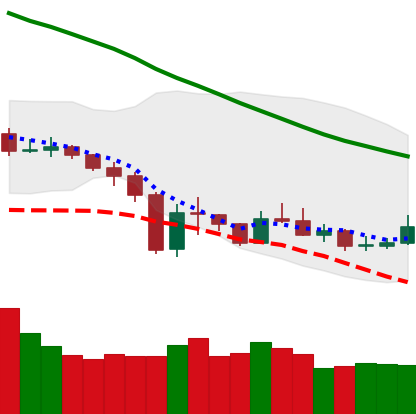
Ticker: XMR-USD
Chart end date: 2019-12-29
Forward return: 9.103%
Label: up_7plus